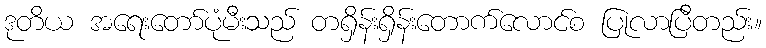
ဒုတိယ အရေးတော်ပုံမီးသည် တရှိန်းရှိန်းတောက်လောင်စ ပြုလာပြီတည်း။